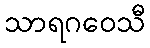
သာရဂဝေသီ